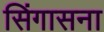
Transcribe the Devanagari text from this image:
सिंगासना